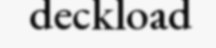
deckload